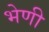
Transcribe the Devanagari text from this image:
भेणी